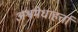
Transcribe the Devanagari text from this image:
अश्वमेधाहर्त्ता